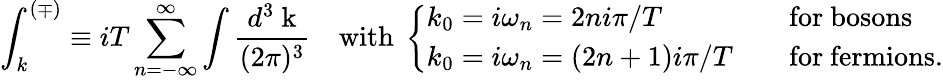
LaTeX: \int_{k}^{(\mp)}\equiv iT\sum_{n=-\infty}^{\infty}\int{\frac{d^{3}\mathrm{\mathbf~k}}{(2\pi)^{3}}}\quad\mathrm{with~}\left\{ \begin{array}{ll}{{k_{0}=i\omega_{n}=2ni\pi/T\quad}}&{{\mathrm{for~bosons}}}\\ {{k_{0}=i\omega_{n}=(2n+1)i\pi/T\quad}}&{{\mathrm{for~fermions}.}}\end{array}\right.